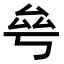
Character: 𠫫